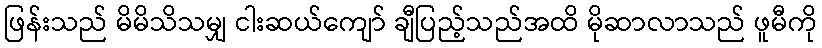
ဖြန်းသည် မိမိသိသမျှ ငါးဆယ်ကျော် ချီပြည့်သည်အထိ မိုဆာလာသည် ဖူမီကို